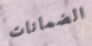
الضمانات